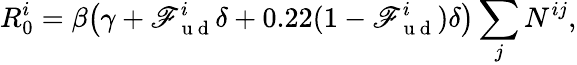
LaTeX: R_{0}^{i}=\beta\big(\gamma+\mathscr{F}_{\mathrm{{~u~d~}}}^{i}\delta+0.22(1-\mathscr{F}_{\mathrm{{~u~d~}}}^{i})\delta\big)\sum_{j}N^{ij},